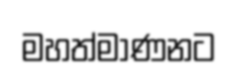
මහත්මාණනට